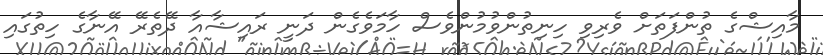
މާއިޝްގެ ތުންފަތަށް ވެރިވި ހިނިތުންވުމުންވެސް ހާމަވެގެން ދަނީ ރައިޝާއާ ދޭތެރޭ އޭނާގެ ހިތުގައި